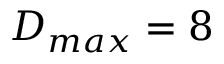
D _ { m a x } = 8